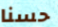
حسنا